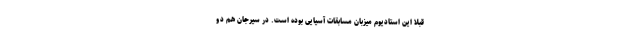
قبلا این استادیوم میزبان مسابقات آسیایی بوده است. در سیرجان هم دو